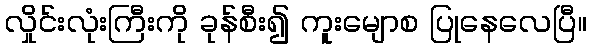
လှိုင်းလုံးကြီးကို ခုန်စီး၍ ကူးမျောစ ပြုနေလေပြီ။